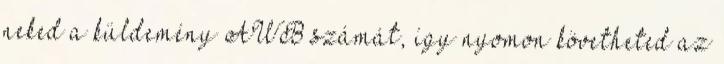
neked a küldemény AWB számát, így nyomon követheted az